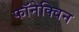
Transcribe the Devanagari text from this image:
फॉनेक्विन